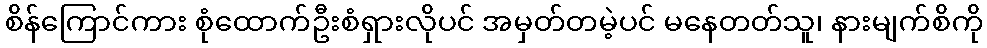
စိန်ကြောင်ကား စုံထောက်ဦးစံရှားလိုပင် အမှတ်တမဲ့ပင် မနေတတ်သူ၊ နားမျက်စိကို